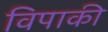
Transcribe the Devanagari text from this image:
विपाकी